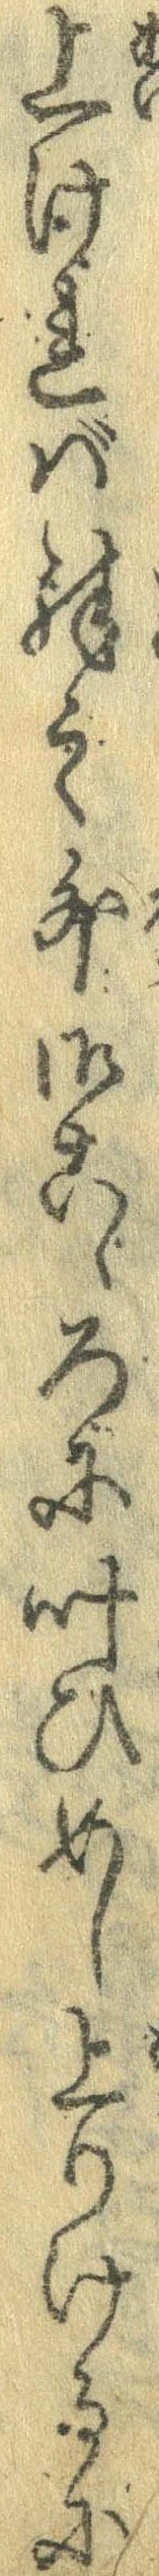
上ければ殊の外御こゝろに叶ひめし上りけるに